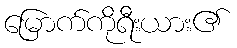
မြောက်ကိုရီးယား၏